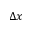
\Delta x